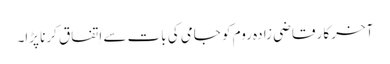
آخر کار قاضی زادہ روم کو جامی کی بات سے اِتفاق کرنا پڑا۔